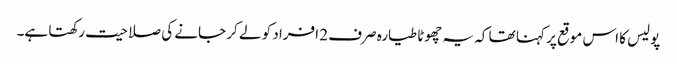
پولیس کا اس موقع پر کہنا تھا کہ یہ چھوٹا طیارہ صرف 2 افراد کو لے کر جانے کی صلاحیت رکھتا ہے۔